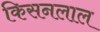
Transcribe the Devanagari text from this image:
किसनलाल